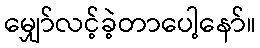
မျှော်လင့်ခဲ့တာပေါ့နော်။